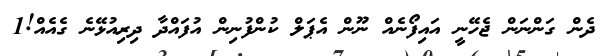
ދެން ގަންނަން ޖެހޭނީ އައިފޯނެއް ނޫން އެޕަލް ކުންފުނިން އުފައްދާ ދިރިއުޅޭނެ ގެއެއް!1